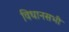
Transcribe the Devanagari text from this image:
विधानसभी